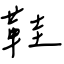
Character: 鞋